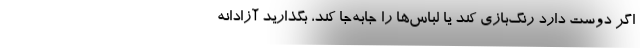
اگر دوست دارد رنگ‌بازی کند یا لباس‌ها را جابه‌جا کند، بگذارید آزادانه